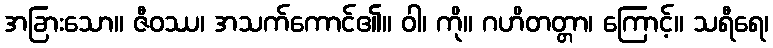
အခြားသော။ ဇီဝဿ၊ အသက်ကောင်၏။ ဝါ၊ ကို။ ဂဟိတတ္တာ၊ ကြောင့်။ သရီရေ၊